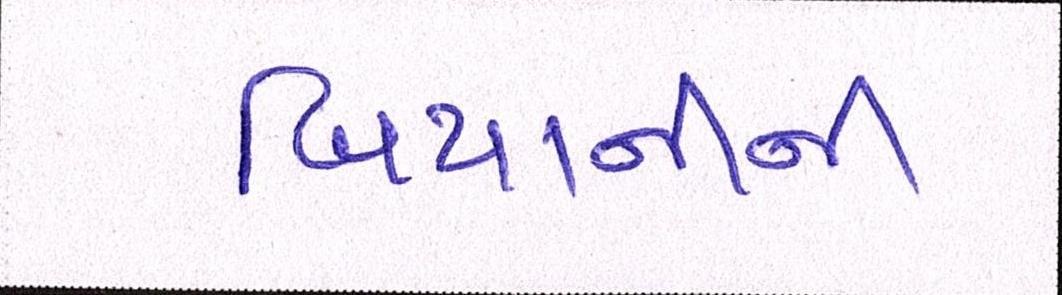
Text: બિયાનીની